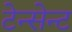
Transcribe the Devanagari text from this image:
टेन्सेन्ट